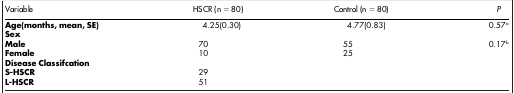
<table><thead><tr><td><b>Variable</b></td><td><b>HSCR (n = 80)</b></td><td><b>Control (n = 80)</b></td><td><b><i>P</i></b></td></tr></thead><tbody><tr><td><b>Age(months, mean, SE)</b></td><td>4.25(0.30)</td><td>4.77(0.83)</td><td>0.57a</td></tr><tr><td><b>Sex</b></td><td> </td><td> </td><td> </td></tr><tr><td><b>Male</b></td><td>70</td><td>55</td><td>0.17b</td></tr><tr><td><b>Female</b></td><td>10</td><td>25</td><td> </td></tr><tr><td><b>Disease Classifcation</b></td><td> </td><td> </td><td> </td></tr><tr><td><b>S-HSCR</b></td><td>29</td><td> </td><td> </td></tr><tr><td><b>L-HSCR</b></td><td>51</td><td> </td><td> </td></tr></tbody></table>